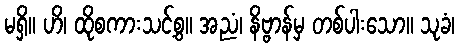
မရှိ။ ဟိ၊ ထိုစကားသင့်စွ။ အညံ၊ နိဗ္ဗာန်မှ တစ်ပါးသော။ သုခံ၊